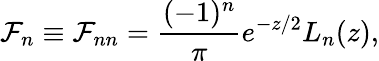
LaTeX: \mathcal{F}_{n}\equiv\mathcal{F}_{nn}=\frac{{(-1)^{n}}}{{\pi}}e^{-z/2}L_{n}(z),